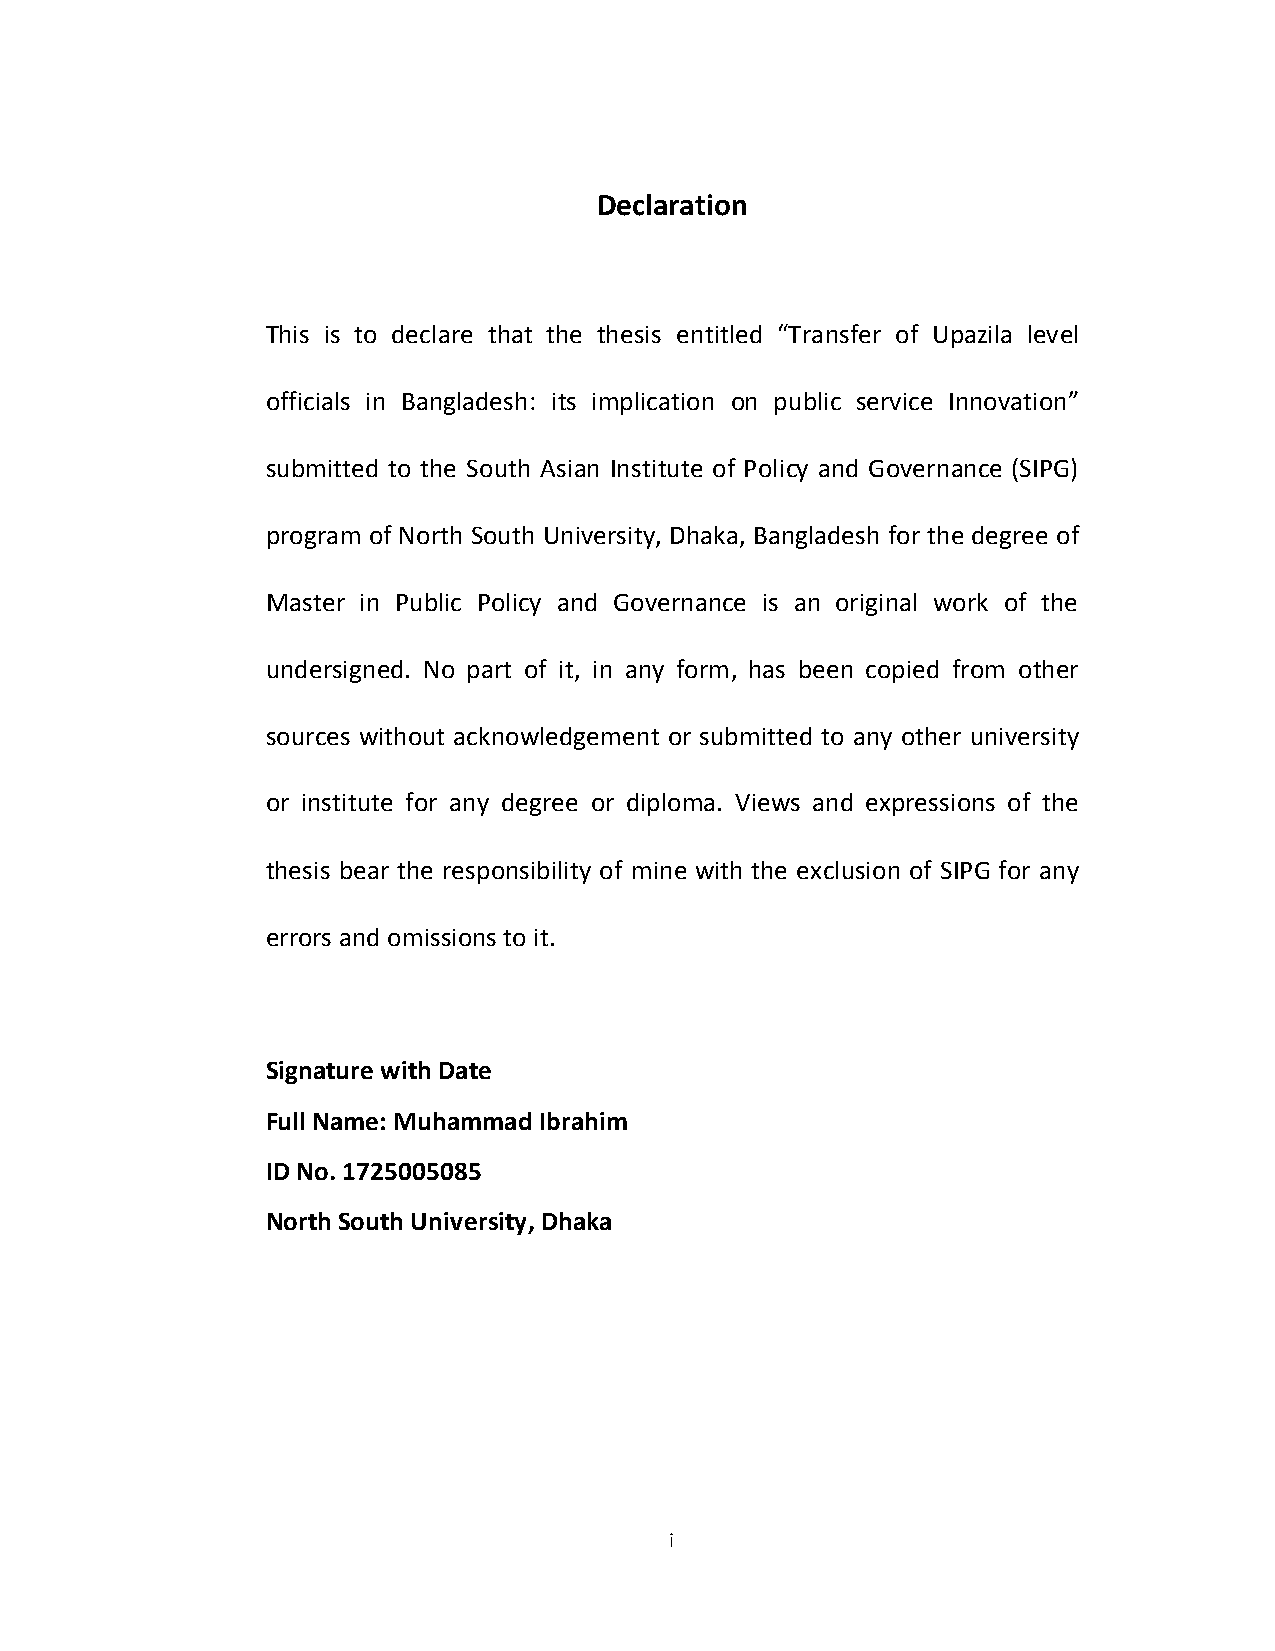
Declaration
 This is to declare that the thesis entitled “Transfer of Upazila level
 officials in Bangladesh: its implication on public service Innovation”
 submitted to the South Asian Institute of Policy and Governance (SIPG)
 program of North South University, Dhaka, Bangladesh for the degree of
 Master in Public Policy and Governance is an original work of the
 undersigned. No part of it, in any form, has been copied from other
 sources without acknowledgement or submitted to any other university
 or institute for any degree or diploma. Views and expressions of the
 thesis bear the responsibility of mine with the exclusion of SIPG for any
 errors and omissions to it.
 Signature with Date
 Full Name: Muhammad Ibrahim
 ID No. 1725005085
 North South University, Dhaka
 i